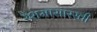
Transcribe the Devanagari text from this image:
रेशमासारखी